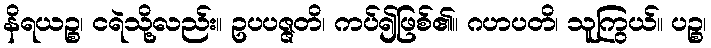
နိရယဉ္စ၊ ငရဲသို့လည်း။ ဥပပဇ္ဇတိ၊ ကပ်၍ဖြစ်၏။ ဂဟပတိ၊ သူကြွယ်။ ပဉ္စ၊